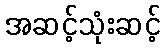
အဆင့်သုံးဆင့်